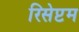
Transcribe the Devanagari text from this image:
रिसेप्टम